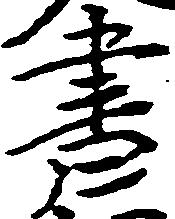
書